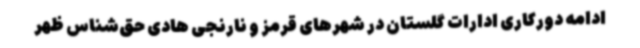
ادامه دورکاری ادارات گلستان در شهرهای قرمز و نارنجی هادی حق‌شناس ظهر